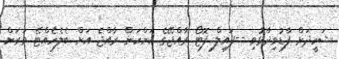
ޝަހީދަށް ފާޑުވިދާޅުވި --ފައިލް ފޮޓޯ ރާއްޖޭގެ ކަންކަން ރާއްޖެ އަށް ބެލެހެއްޓޭ ވަރަށް